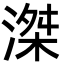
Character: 滐